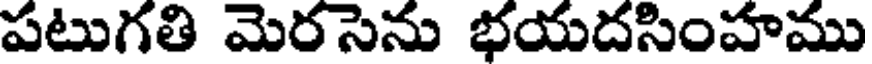
పటుగతి మెరసెను భయదసింహము